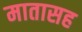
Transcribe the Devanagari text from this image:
मातासह